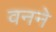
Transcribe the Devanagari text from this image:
वनने